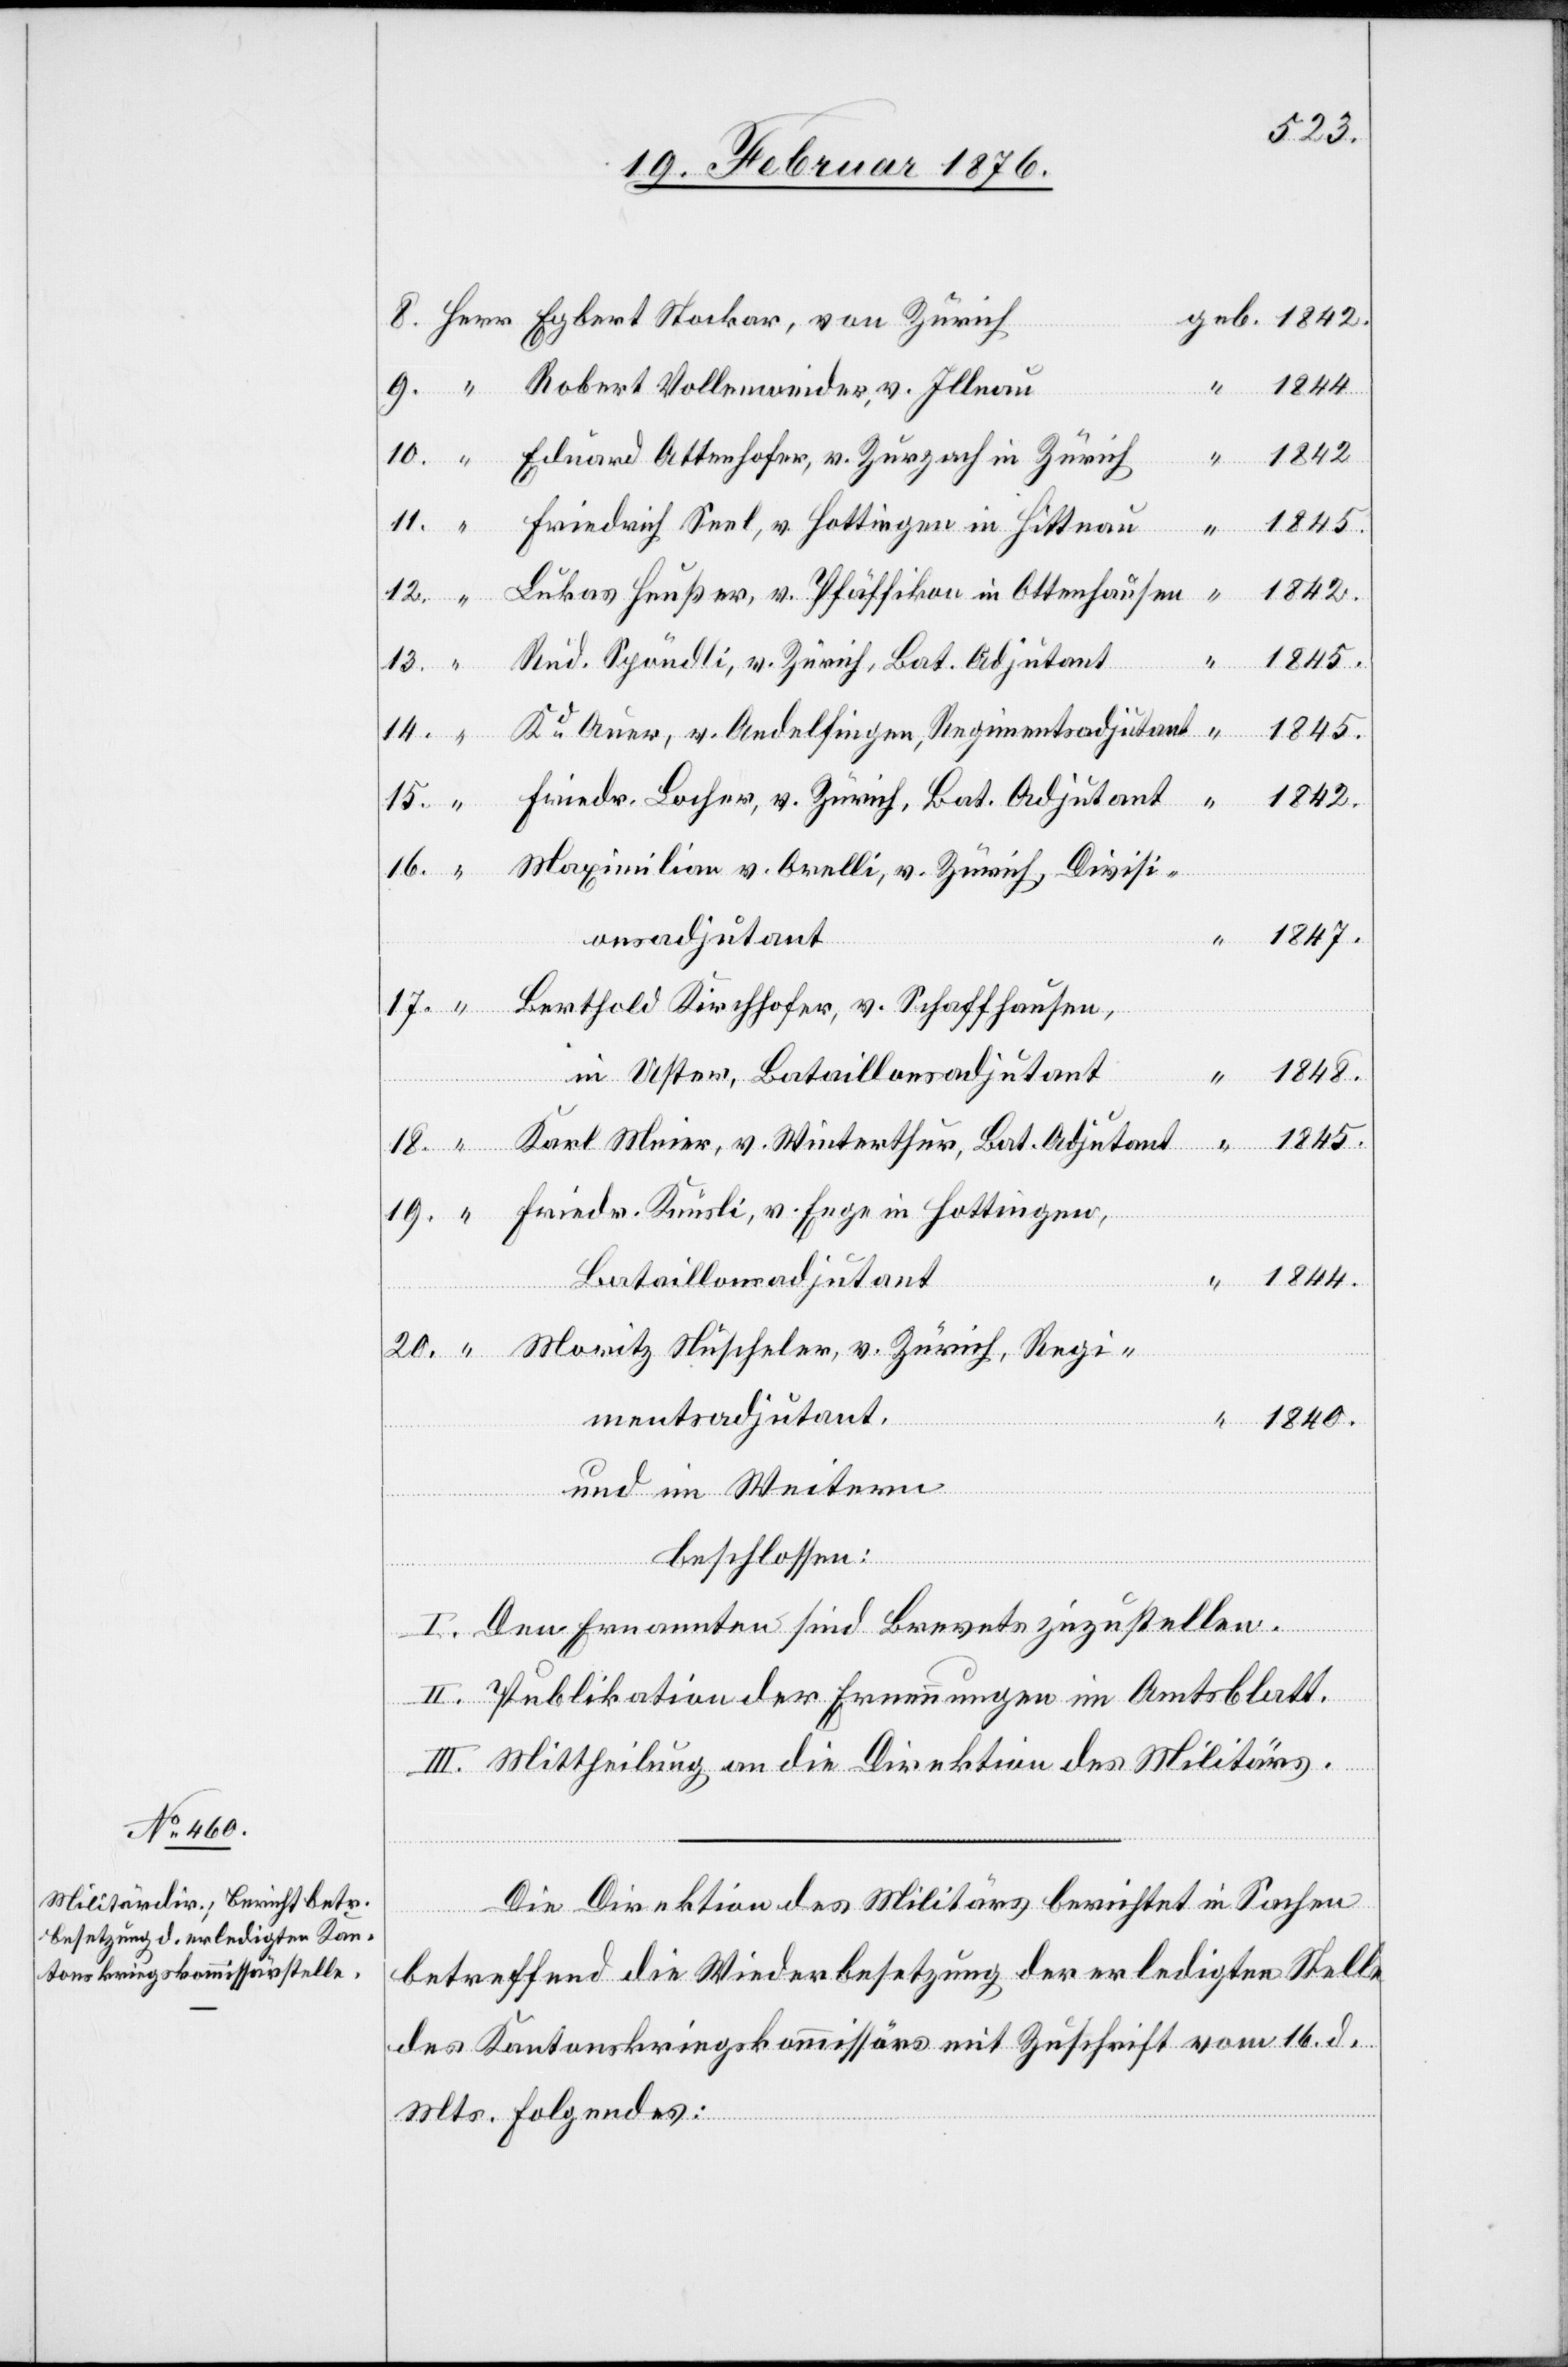
Bat.
Eduard Attenhofer, v. Zurzach in Zürich
v.
Friedrich Seel, v. Hottingen in Hittnau
Lukas Heußer, v. Pfäffikon in Ottenhausen
14.
Rud. Spöndli, v. Zürich, Bat. Adjutant
Rd Auer, v. Andelfingen, Regimentsadjutant
1840
Friedr. Locher, v. Zürich, Bat. Adjutant
1842
Maximilian v. Orelli, v. Zürich, Divisi¬
1847
Regim¬
entsadjutant,
Berthold Kirchhofer, v. Schaffhausen,
in Uster, Bataillonsadjutant
Friedr. Knüsli, v. Enge in Hottingen,
Bataillonsadjutant
und im Weiteren
“
beschlossen:
I. Den Ernannten sind Brevets zuzustellen.
von
II. Publikation der Erneuerungen im Amtsblatt.
II. Mittheilung an die Direktion des Militärs.
Die Direktion des Militärs berichtet in Sachen
betreffend die Wiederbesetzung der erledigten Stelle
des Kantonskriegskommissärs mit Zuschrift vom 16. d.
Mts. Folgendes: